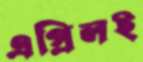
এপ্রিলই